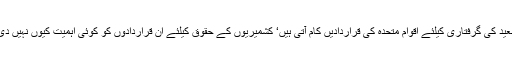
حافظ سعید کی گرفتاری کیلئے اقوام متحدہ کی قراردادیں کام آتی ہیں‘ کشمیریوں کے حقوق کیلئے ان قراردادوں کو کوئی اہمیت کیوں نہیں دی جاتی؟